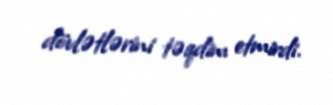
dövlətlərini təqdim etmirdi.